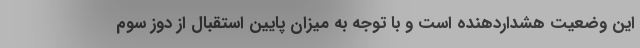
این وضعیت هشداردهنده است و با توجه به میزان پایین استقبال از دوز سوم